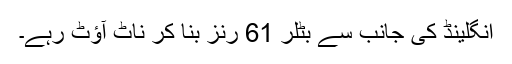
انگلینڈ کی جانب سے بٹلر 61 رنز بنا کر ناٹ آؤٹ رہے۔